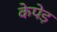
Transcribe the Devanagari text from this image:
केपेड़